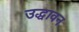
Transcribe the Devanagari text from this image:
उद्धावन